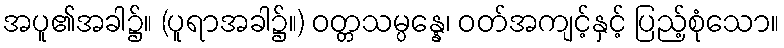
အပူ၏အခါ၌။ (ပူရာအခါ၌။) ဝတ္တသမ္ပန္နေ၊ ဝတ်အကျင့်နှင့် ပြည့်စုံသော။